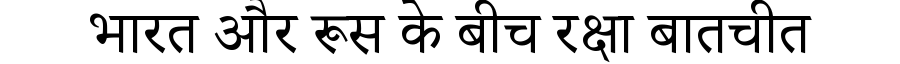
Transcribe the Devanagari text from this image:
भारत और रूस के बीच रक्षा बातचीत